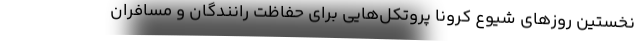
نخستين روزهاي شيوع كرونا پروتكل‌هايي براي حفاظت رانندگان و مسافران